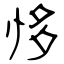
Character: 恀